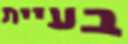
בעיית